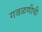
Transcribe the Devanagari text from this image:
गवळणीची